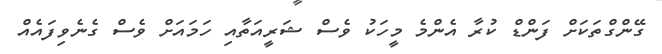
ގޭންގްތަކަށް ފަންޑް ކުރާ އެންމެ މީހަކު ވެސް ޝަރީއަތާއި ހަމައަށް ވެސް ގެނެވިފައެއް